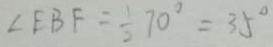
\angle E B F = \frac { 1 } { 2 } 7 0 ^ { \circ } = 3 5 ^ { \circ }